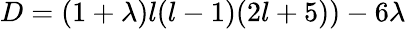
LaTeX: D=(1+\lambda)l(l-1)(2l+5))-6\lambda